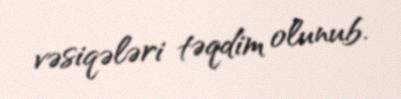
vəsiqələri təqdim olunub.